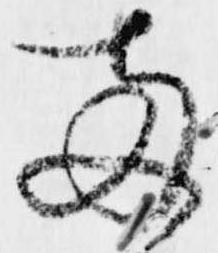
両